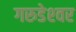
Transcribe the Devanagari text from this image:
गरुडेश्‍वर